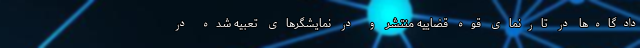
دادگاه‌ها در تارنمای قوه قضاییه منتشر و در نمایشگرهای تعبیه شده در